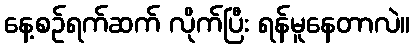
နေ့စဉ်ရက်ဆက် လိုက်ပြီး ရန်မူနေတာလဲ။